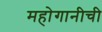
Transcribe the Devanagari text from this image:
महोगानीची